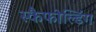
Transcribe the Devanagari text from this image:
स्कैफोल्डिंग